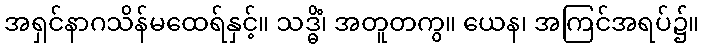
အရှင်နာဂသိန်မထေရ်နှင့်။ သဒ္ဓိံ၊ အတူတကွ။ ယေန၊ အကြင်အရပ်၌။